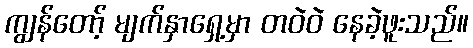
ကျွန်တော့် မျက်နှာရှေ့မှာ တဝဲဝဲ နေခဲ့ဖူးသည်။